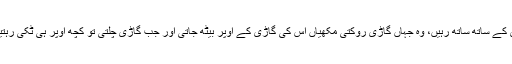
اگلے دو دن تک یہ مکھیاں کیرل کی گاڑی کے ساتھ ساتھ رہیں، وہ جہاں گاڑی روکتی مکھیاں اس کی گاڑی کے اوپر بیٹھ جاتی اور جب گاڑی چلتی تو کچھ اوپر ہی ٹکی رہتیں اور کچھ ساتھ ساتھ اڑنا شروع کر دیتیں۔